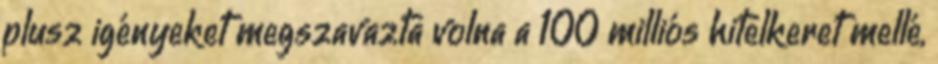
plusz igényeket megszavazta volna a 100 milliós hitelkeret mellé,